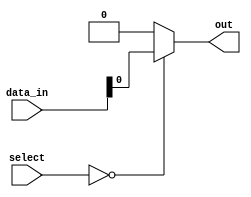
module multiplexer_512_to_1 (
    input [511:0] data_in,
    input [8:0] select,
    output reg out
);

always @(*)
begin
    case(select)
        9'b000000000: out = data_in[0];
        // Continue with cases for all 512 data input lines
        // 9'b111111111: out = data_in[511];
        default: out = 1'b0; // Default case, output is always 0 if select line is not in valid range
    endcase
end

endmodule